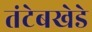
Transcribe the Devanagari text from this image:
तंटेबखेडे